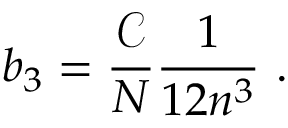
b _ { 3 } = \frac { \mathcal { C } } { N } \frac { 1 } { 1 2 n ^ { 3 } } \ .